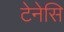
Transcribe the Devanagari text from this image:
टेनेसि